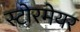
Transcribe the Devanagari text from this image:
स्टोरमेयर